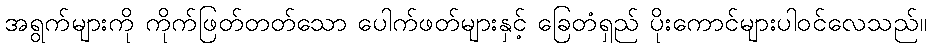
အရွက်များကို ကိုက်ဖြတ်တတ်သော ပေါက်ဖတ်များနှင့် ခြေတံရှည် ပိုးကောင်များပါဝင်လေသည်။